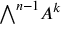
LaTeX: { \textstyle \bigwedge } ^ { n - 1 } A ^ { k }